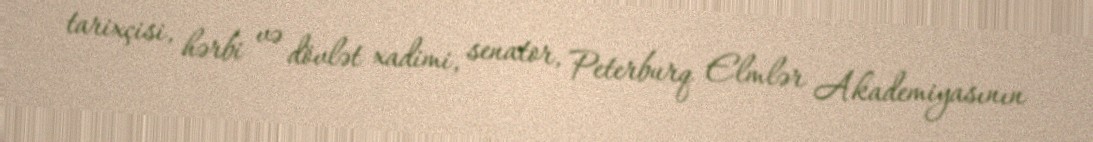
tarixçisi, hərbi və dövlət xadimi, senator, Peterburq Elmlər Akademiyasının